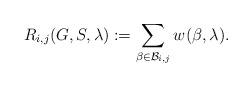
LaTeX: \begin{align*}R_{i,j}(G,S,\lambda):=\sum_{\beta\in\mathcal{B}_{i,j}}w(\beta,\lambda).\end{align*}